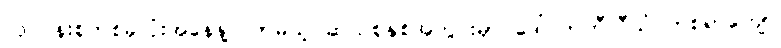
လုပ်ငန်းစုတစ်ခုလုံးအနေနဲ့ လာမယ့် ဆယ်စုနှစ်အတွင်းမှာ ဒေါ်လာဘီလီယံ တစ်ရာကျော်